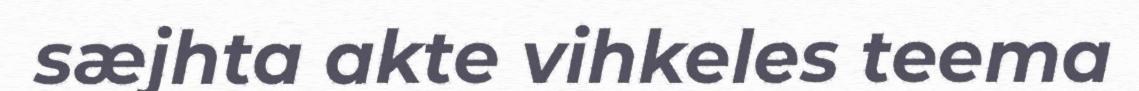
sæjhta akte vihkeles teema